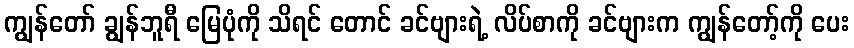
ကျွန်တော် ချွန်ဘူရီ မြေပုံကို သိရင် တောင် ခင်ဗျားရဲ့ လိပ်စာကို ခင်ဗျားက ကျွန်တော့်ကို ပေး